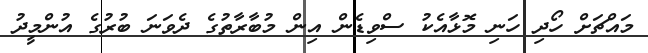
މައްޗަށް ހޯދި ހަނި މޮޅާއެކު ސްވިޑެން އިން މުބާރާތުގެ ދެވަނަ ބުރުގެ އުންމީދު